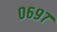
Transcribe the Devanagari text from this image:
०६९७